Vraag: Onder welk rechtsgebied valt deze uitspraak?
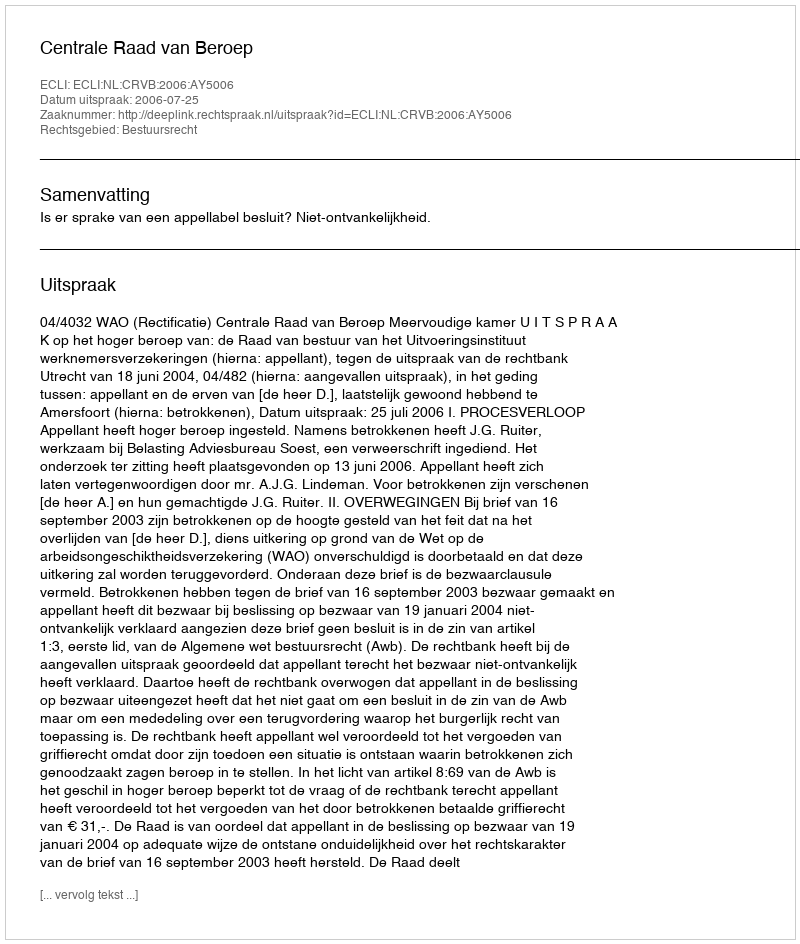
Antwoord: Bestuursrecht